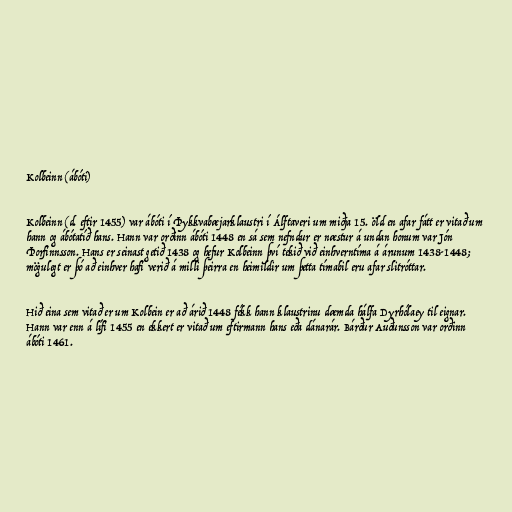
Kolbeinn (ábóti)

Kolbeinn (d. eftir 1455) var ábóti í Þykkvabæjarklaustri í Álftaveri um miðja 15. öld en afar fátt er vitað um
hann og ábótatíð hans. Hann var orðinn ábóti 1448 en sá sem nefndur er næstur á undan honum var Jón
Þorfinnsson. Hans er seinast getið 1438 og hefur Kolbeinn því tekið við einhverntíma á árunum 1438-1448;
mögulegt er þó að einhver hafi verið á milli þeirra en heimildir um þetta tímabil eru afar slitróttar.

Hið eina sem vitað er um Kolbein er að árið 1448 fékk hann klaustrinu dæmda hálfa Dyrhólaey til eignar.
Hann var enn á lífi 1455 en ekkert er vitað um eftirmann hans eða dánarár. Bárður Auðunsson var orðinn
ábóti 1461.